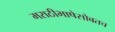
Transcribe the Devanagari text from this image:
मराठीभाषेसोबतच